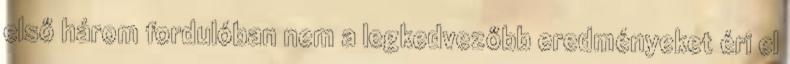
első három fordulóban nem a legkedvezőbb eredményeket éri el